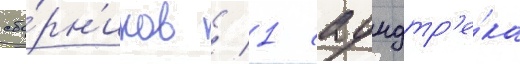
сбо́рн'иков / 1 саундтр'е́ка